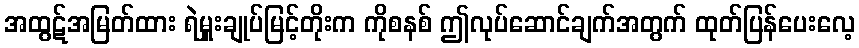
အထွဋ်အမြတ်ထား ရဲမှူးချုပ်မြင့်တိုးက ကိုစနစ် ဤလုပ်ဆောင်ချက်အတွက် ထုတ်ပြန်ပေးလေ့